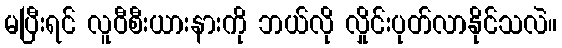
မပြီးရင် လူဝီစီးယားနားကို ဘယ်လို လှိုင်းပုတ်လာနိုင်သလဲ။